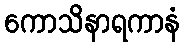
ကောသိနာရကာနံ